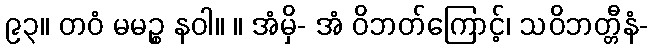
၉၃။ တဝံ မမဉ္စ နဝါ။ ။ အံမှိ- အံ ဝိဘတ်ကြောင့်၊ သဝိဘတ္တီနံ-